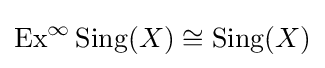
\operatorname {Ex} ^{\infty }\operatorname {Sing} (X)\cong \operatorname {Sing} (X)